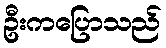
ဦးကပြောသည်